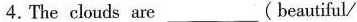
4.The clouds are ___ (beautiful/